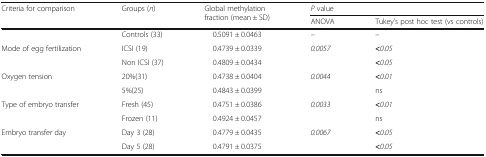
<table><thead><tr><td rowspan="2"><b>Criteria for comparison</b></td><td rowspan="2"><b>Groups (<i>n</i>)</b></td><td rowspan="2"><b>Global methylation fraction (mean ± SD)</b></td><td colspan="2"><b><i>P</i> value</b></td></tr><tr><td><b>ANOVA</b></td><td><b>Tukey’s post hoc test (vs controls)</b></td></tr></thead><tbody><tr><td></td><td>Controls (33)</td><td>0.5091 ± 0.0463</td><td>–</td><td>–</td></tr><tr><td rowspan="2">Mode of egg fertilization</td><td>ICSI (19)</td><td>0.4739 ± 0.0339</td><td rowspan="2"><i>0.0057</i></td><td><b>&lt;</b><i>0.05</i></td></tr><tr><td>Non ICSI (37)</td><td>0.4809 ± 0.0434</td><td><b>&lt;</b><i>0.05</i></td></tr><tr><td rowspan="2">Oxygen tension</td><td>20%(31)</td><td>0.4738 ± 0.0404</td><td rowspan="2"><i>0.0044</i></td><td><b>&lt;</b><i>0.01</i></td></tr><tr><td>5%(25)</td><td>0.4843 ± 0.0399</td><td>ns</td></tr><tr><td rowspan="2">Type of embryo transfer</td><td>Fresh (45)</td><td>0.4751 ± 0.0386</td><td rowspan="2"><i>0.0033</i></td><td><b>&lt;</b><i>0.01</i></td></tr><tr><td>Frozen (11)</td><td>0.4924 ± 0.0457</td><td>ns</td></tr><tr><td rowspan="2">Embryo transfer day</td><td>Day 3 (28)</td><td>0.4779 ± 0.0435</td><td rowspan="2"><i>0.0067</i></td><td><b>&lt;</b><i>0.05</i></td></tr><tr><td>Day 5 (28)</td><td>0.4791 ± 0.0375</td><td><b>&lt;</b><i>0.05</i></td></tr></tbody></table>